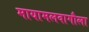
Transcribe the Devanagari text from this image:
मायामलवागौला